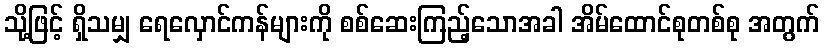
သို့ဖြင့် ရှိသမျှ ရေလှောင်ကန်များကို စစ်ဆေးကြည့်သောအခါ အိမ်ထောင်စုတစ်စု အတွက်